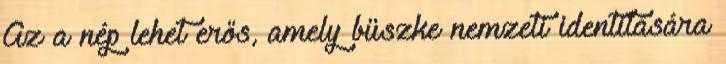
Az a nép lehet erős, amely büszke nemzeti identitására